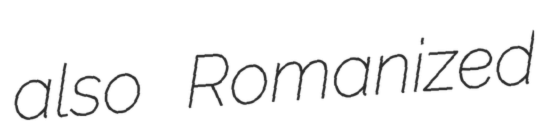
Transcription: also Romanized